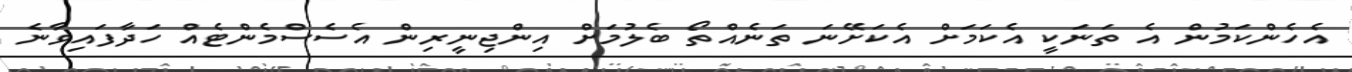
އެހެންކަމުން އެ ތަނަކީ އެކަމަށް އެކަށޭނަ ތަނެއްތޯ ބެލުމަށް އިންޖިނީރިން އެސެސްމެންޓެއް ހަދާފައިވާނެ